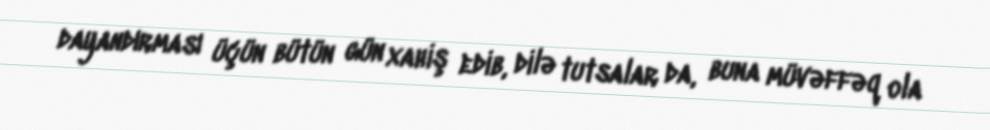
dayandırması üçün bütün gün xahiş edib, dilə tutsalar da, buna müvəffəq ola